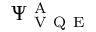
\Psi _ { \mathrm { ~ V ~ Q ~ E ~ } } ^ { \mathrm { ~ A ~ } }